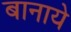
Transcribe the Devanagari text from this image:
बानाये